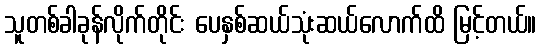
သူတစ်ခါခုန်လိုက်တိုင်း ပေနှစ်ဆယ်သုံးဆယ်လောက်ထိ မြင့်တယ်။